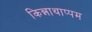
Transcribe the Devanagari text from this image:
किन्नाथाप्पम